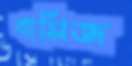
বাসিজ